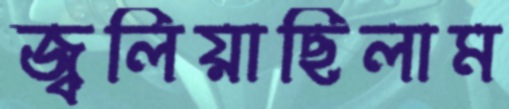
জ্বলিয়াছিলাম